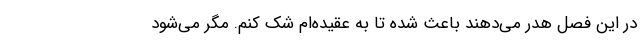
در این فصل هدر می‌دهند باعث شده تا به عقیده‌ام شک کنم. مگر می‌شود